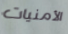
الأمنيات